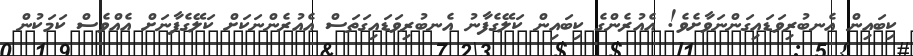
ކިބައިން އެނބުރިިވަޑައިގަންނަވާށެވެ! އެއުރެންގެ ކިބައިން ކަލޭގެފާނު އެނބުރިވަޑައިގަތަސް އެއުރެންނަކަށް ކަލޭގެފާނަށް އެއްވެސް ކަމަކުން